Indian Civil Veterinary Department memoirs
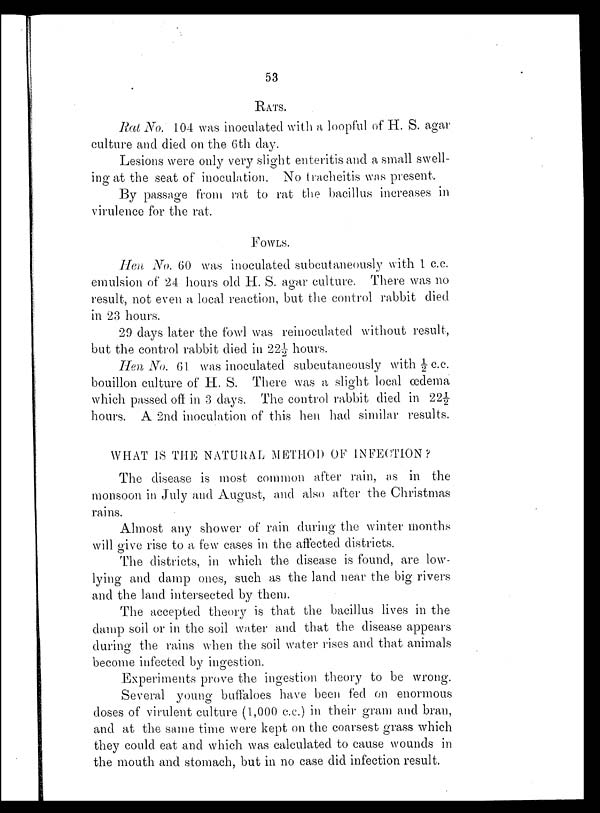
53
RATS.
Rat No. 104 was inoculated with a loopful of H. S. agar
culture and died on the 6th day.
Lesions were only very slight enteritis and a small swell-
ing at the seat of inoculation. No tracheitis was present.
By passage from rat to rat the bacillus increases in
virulence for the rat.
FOWLS.
Hen No. 60 was inoculated subcutaneously with 1 c.c.
emulsion of 24 hours old H. S. agar culture. There was no
result, not even a local reaction, but the control rabbit died
in 23 hours.
29 days later the fowl was reinoculated without result,
but the control rabbit died in 22½ hours.
Hen No. 61. was inoculated subcutaneously with ½ c.c.
bouillon culture of H. S. There was a slight local œdema
which passed off in 3 days. The control rabbit died in 22½
hours. A 2nd inoculation of this hen had similar results.
WHAT IS THE NATURAL METHOD OF INFECTION?
The disease is most common after rain, as in the
monsoon in July and August, and also after the Christmas
rains.
Almost any shower of rain during the winter months
will give rise to a few cases in the affected districts.
The districts, in which the disease is found, are low-
lying and damp ones, such as the land near the big rivers
and the land intersected by them.
The accepted theory is that the bacillus lives in the
damp soil or in the soil water and that the disease appears
during the rains when the soil water rises and that animals
become infected by ingestion.
Experiments prove the ingestion theory to be wrong
Several young buffaloes have been fed on enormous
doses of virulent culture (1,000 c.c.) in their gram and bran,
and at the same time were kept on the coarsest grass which
they could eat and which was calculated to cause wounds in
the mouth and stomach, but in no case did infection result.